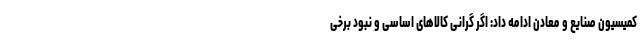
کمیسیون صنایع و معادن ادامه داد: اگر گرانی کالاهای اساسی و نبود برخی